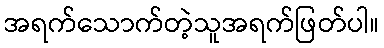
အရက်သောက်တဲ့သူအရက်ဖြတ်ပါ။